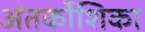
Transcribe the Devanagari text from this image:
अंतर्कोशिका